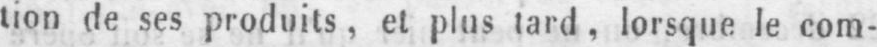
tion de ses produits, et plus tard, lorsque le com-